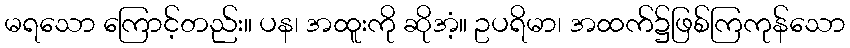
မရသော ကြောင့်တည်း။ ပန၊ အထူးကို ဆိုအံ့။ ဥပရိမာ၊ အထက်၌ဖြစ်ကြကုန်သော